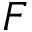
F